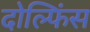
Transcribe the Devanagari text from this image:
दोल्फिंस